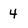
Character: 4